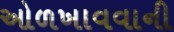
ઓળખાવવાની